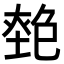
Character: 𡏎